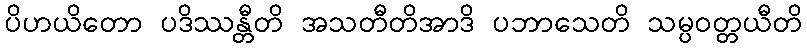
ပိဟယိတော ပဒိဿန္တီတိ အသတီတိအာဒိ ပဘာသေတိ သမ္ပဝတ္တယီတိ